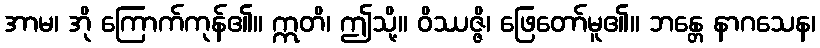
အာမ၊ အို ကြောက်ကုန်၏။ ဣတိ၊ ဤသို့။ ဝိဿဇ္ဇိ၊ ဖြေတော်မူ၏။ ဘန္တေ နာဂသေန၊